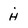
Character: h